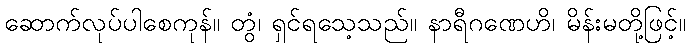
ဆောက်လုပ်ပါစေကုန်။ တွံ၊ ရှင်ရသေ့သည်။ နာရီဂဏေဟိ၊ မိန်းမတို့ဖြင့်။